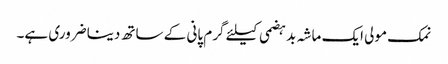
نمک مولی ایک ماشہ بدہضمی کیلئے گرم پانی کے ساتھ دینا ضروری ہے۔